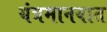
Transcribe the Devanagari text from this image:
यंत्रमानवात